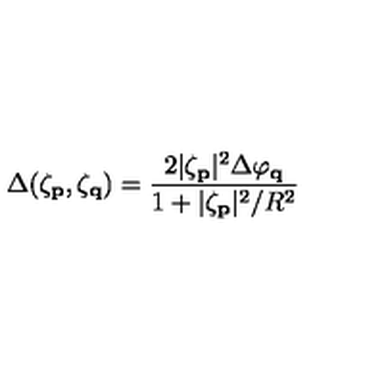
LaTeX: \Delta ( \zeta _ { \bf p } , \zeta _ { \bf q } ) = \frac { 2 | \zeta _ { \bf p } | ^ { 2 } \Delta \varphi _ { \bf q } } { 1 + | \zeta _ { \bf p } | ^ { 2 } / R ^ { 2 } }